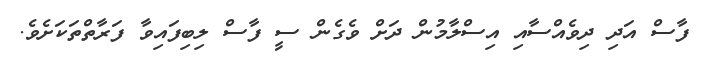
ފާސް އަދި ދިވެއްސާއި އިސްލާމުން ދަށް ވެގެން ސީ ފާސް ލިބިފައިވާ ފަރާތްތަކަށެވެ.